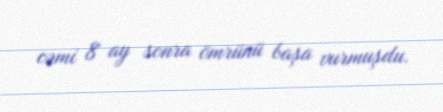
cəmi 8 ay sonra ömrünü başa vurmuşdu.